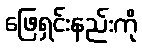
ဖြေရှင်းနည်းကို